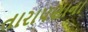
તારાપણાના